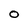
Character: O